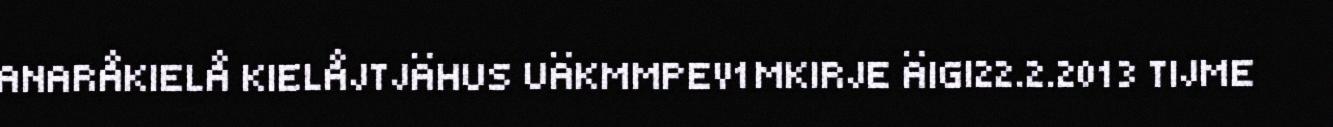
ANARÅKIELÅ KIELÅJTJÄHUS UÄKMMPEV1MKIRJE ÄIGI22.2.2013 TIJME